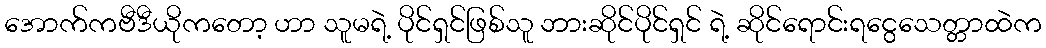
အောက်ကဗီဒီယိုကတော့ ဟာ သူမရဲ့ ပိုင်ရှင်ဖြစ်သူ ဘားဆိုင်ပိုင်ရှင် ရဲ့ ဆိုင်ရောင်းရငွေသေတ္တာထဲက